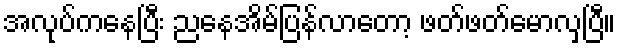
အလုပ်ကနေပြီး ညနေအိမ်ပြန်လာတော့ ဖတ်ဖတ်မောလှပြီ။